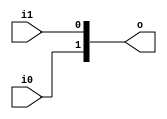
module hardcaml_lib_concat2 
#(
    parameter w0=1, 
    parameter w1=1
) 
(
    input [w0-1:0] i0,
    input [w1-1:0] i1,
    output [w0+w1-1:0] o
);
    assign o = {i0,i1};
endmodule